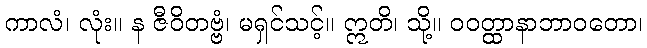
ကာလံ၊ လုံး။ န ဇီဝိတဗ္ဗံ၊ မရှင်သင့်။ ဣတိ၊ သို့။ ဝဝတ္ထာနာဘာဝတော၊